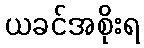
ယခင်အစိုးရ